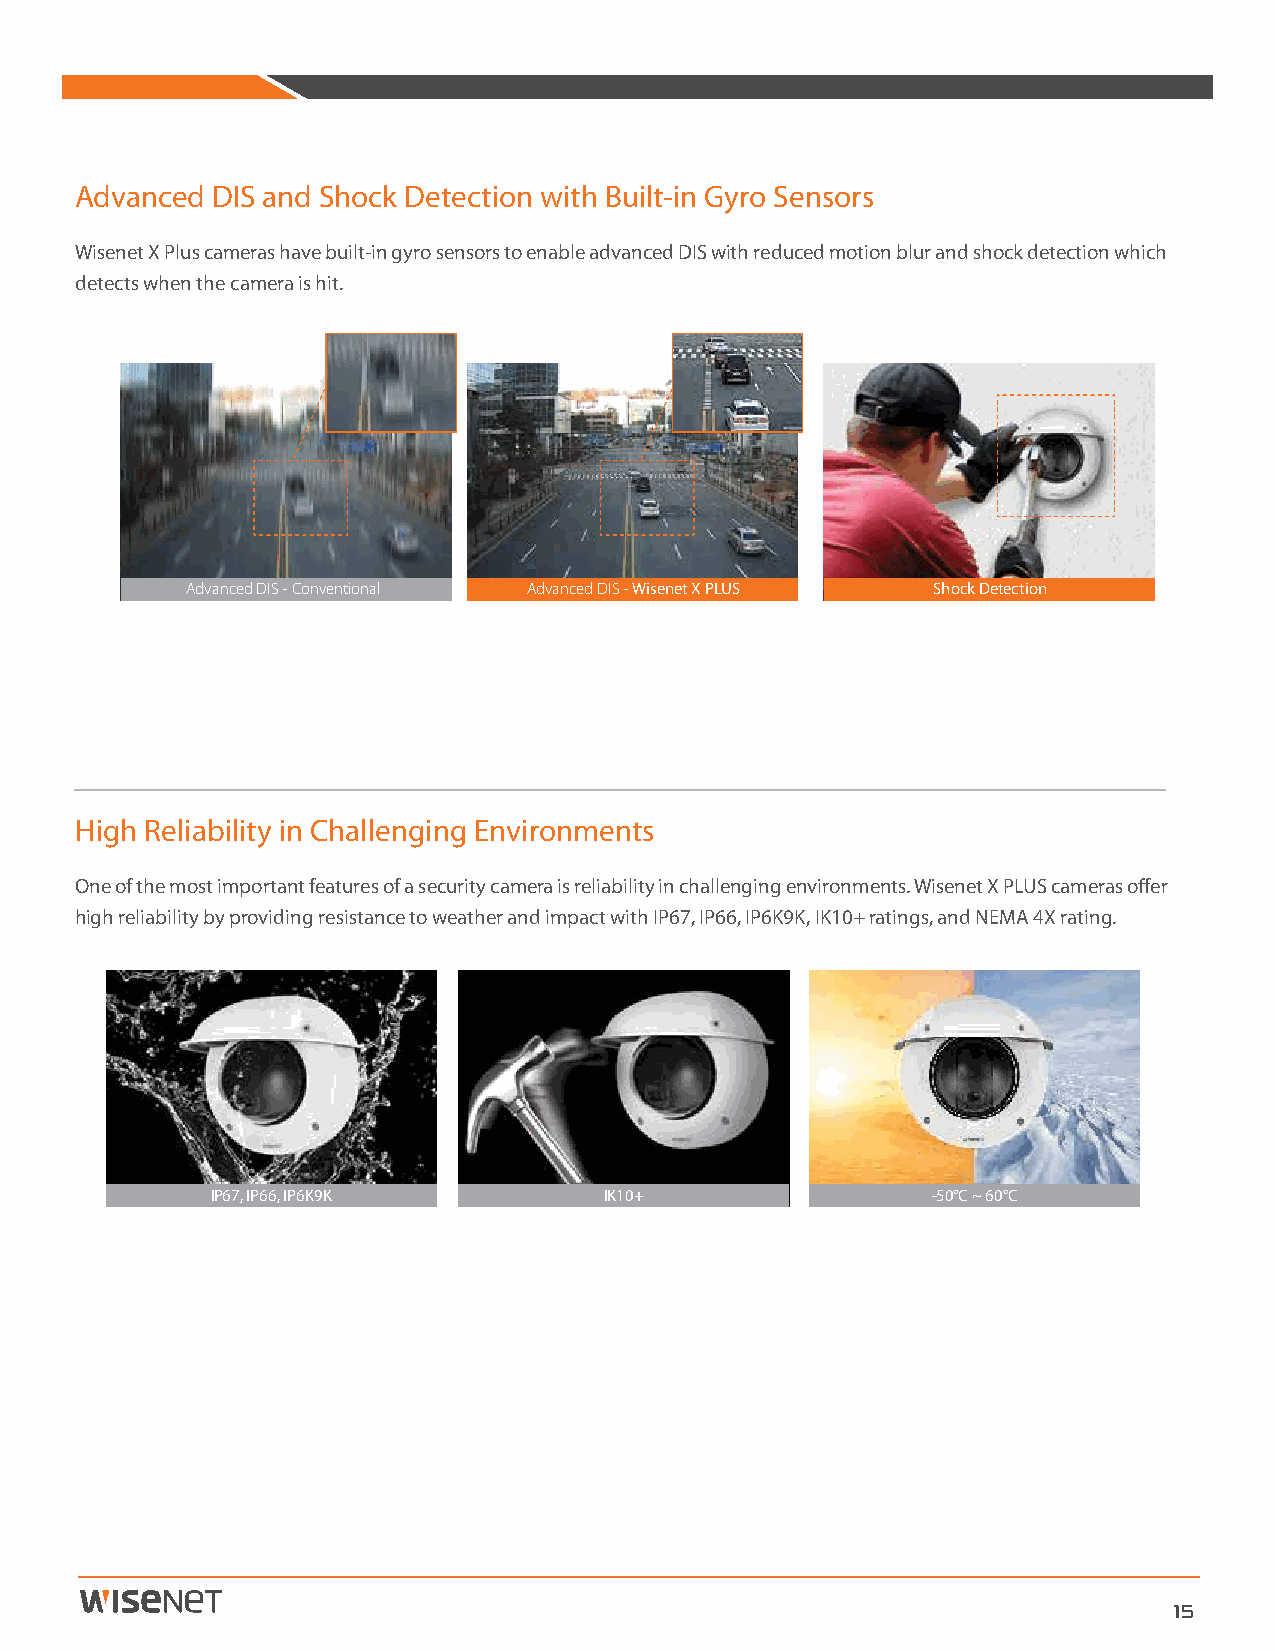
Advanced DIS and Shock Detection with Built-in Gyro Sensors
 Wisenet X Plus cameras have built-in gyro sensors to enable advanced DIS with reduced motion blur and shock detection which
 detects when the camera is hit.
 Advanced DIS - Conventional Advanced DIS - Wisenet X PLUS Shock Detection
 High Reliability in Challenging Environments
 One of the most important features of a security camera is reliability in challenging environments. Wisenet X PLUS cameras offer
 high reliability by providing resistance to weather and impact with IP67, IP66, IP6K9K, IK10+ ratings, and NEMA 4X rating.
 IP67, IP66, IP6K9K        IK10+                 -50°C ~ 60°C
 15